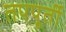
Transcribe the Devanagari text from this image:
तपपूर्ती